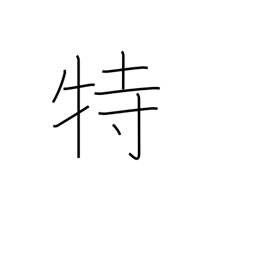
Meaning: special